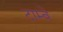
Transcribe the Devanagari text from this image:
टाम्बे